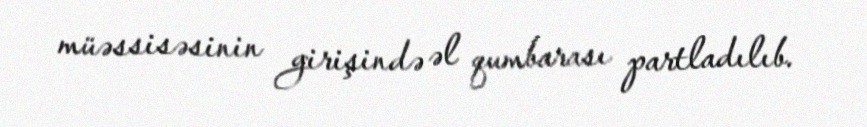
müəssisəsinin girişində əl qumbarası partladılıb.